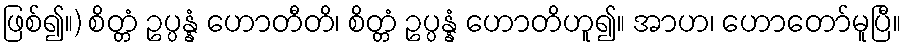
ဖြစ်၍။) စိတ္တံ ဥပ္ပန္နံ ဟောတီတိ၊ စိတ္တံ ဥပ္ပန္နံ ဟောတိဟူ၍။ အာဟ၊ ဟောတော်မူပြီ။